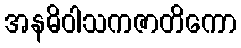
အနဓိဝါသကဇာတိကော